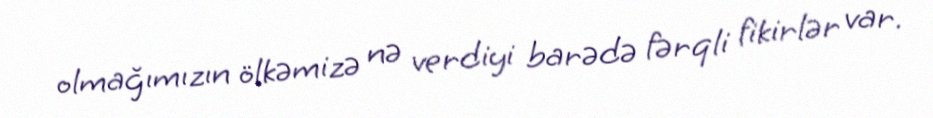
olmağımızın ölkəmizə nə verdiyi barədə fərqli fikirlər var.